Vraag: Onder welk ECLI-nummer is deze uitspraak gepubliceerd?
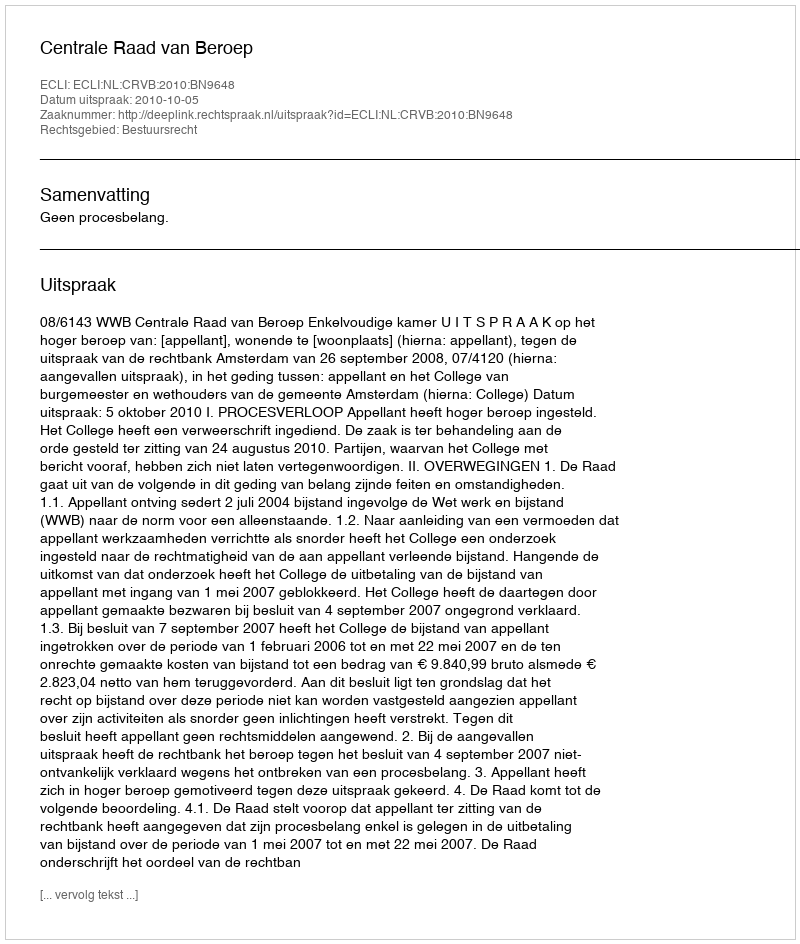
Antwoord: ECLI:NL:CRVB:2010:BN9648